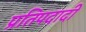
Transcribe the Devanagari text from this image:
प्रतिपदादी